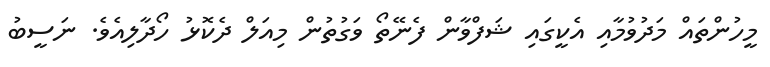
މީހުންތައް މަދުވުމާއި އެކީގައި ޝަފްވާން ފެނޭތޯ ވަގުތުން މިއަލް ދެކޮޅު ހޯދާލިއެވެ. ނަސީބު